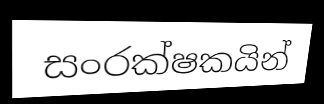
සංරක්ෂකයින්